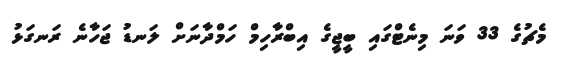
މެޗުގެ 33 ވަނަ މިނެޓްގައި ބީޖީގެ އިބްރާހިމް ހަމްދާނަށް ލަނޑު ޖަހާނެ ރަނގަޅު